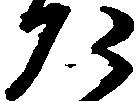
た